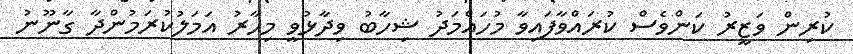
ކުރިން ވަޒީރު ކަންވެސް ކުރައްވާފައިވާ މުހައްމަދު ޝިހާބު ވިދާޅުވީ މިހާރު އަމަލުކުރަމުންދާ ގާނޫނު